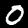
Label: 0